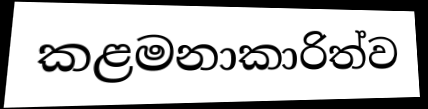
කළමනාකාරිත්ව